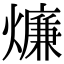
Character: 燫